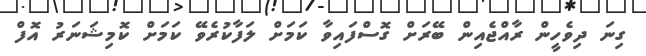
ގިނަ ދިވެހީން ރާއްޖެއިން ބޭރަށް ގޮސްފައިވާ ކަމަށް ލަފާކުރެވޭ ކަމަށް ކޮމިޝަނަރު އޮފް